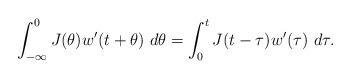
LaTeX: \begin{align*}\int_{-\infty}^{0}J(\theta) w'(t+\theta) \ d\theta = \int_{0}^{t} J(t-\tau) w'(\tau) \ d\tau.\end{align*}